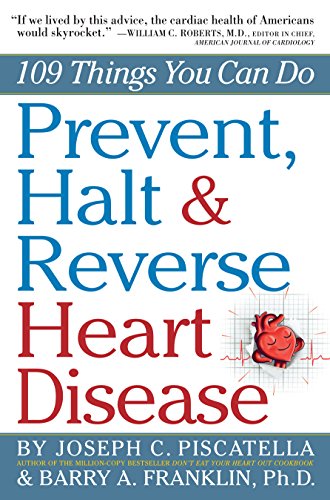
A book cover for Prevent, Halt & Reverse Heart Disease: 109 Things You Can Do; Barry Franklin Ph.D.; Health, Fitness & Dieting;